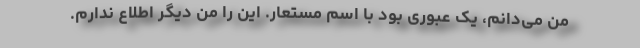
من می‌دانم، یک عبوری بود با اسم مستعار. این را من دیگر اطلاع ندارم.